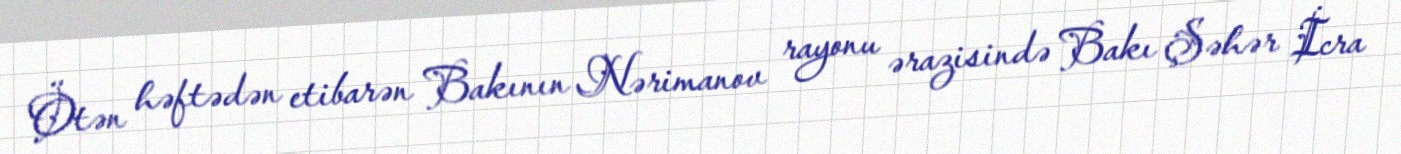
Ötən həftədən etibarən Bakının Nərimanov rayonu ərazisində Bakı Şəhər İcra